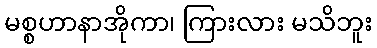
မစ္စဟာနာအိုကာ၊ ကြားလား မသိဘူး